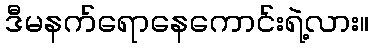
ဒီမနက်ရောနေကောင်းရဲ့လား။